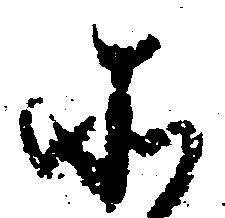
そ